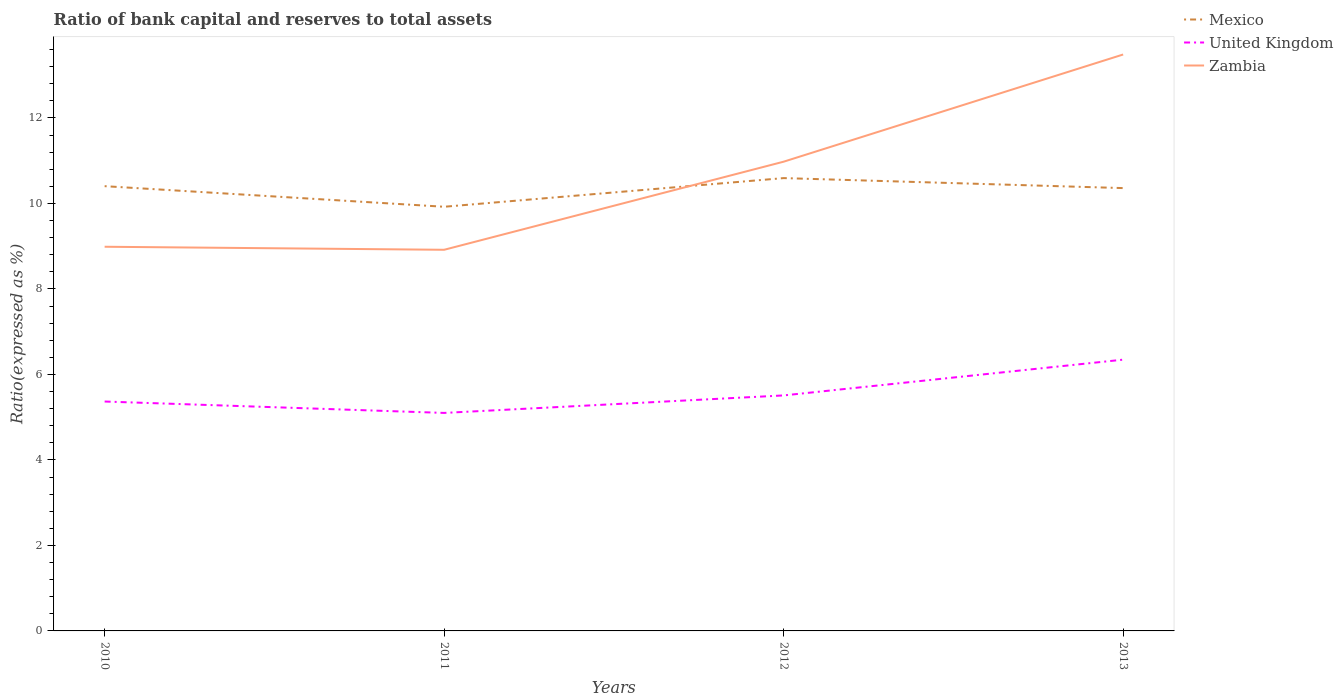
| Years | Mexico | United Kingdom | Zambia |
 | --- | --- | --- | --- |
 | 2010 | 10.4 | 5.37 | 8.99 |
 | 2011 | 9.92 | 5.1 | 8.92 |
 | 2012 | 10.6 | 5.51 | 11 |
 | 2013 | 10.4 | 6.35 | 13.5 |